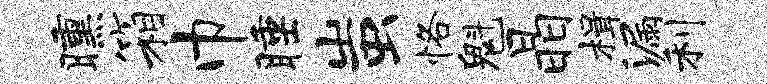
曛箱巾睡蚩恪魁晶楫漏利